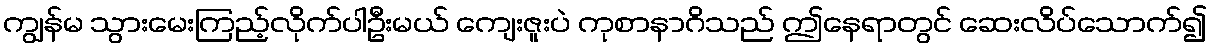
ကျွန်မ သွားမေးကြည့်လိုက်ပါဦးမယ် ကျေးဇူးပဲ ကုစာနာဂိသည် ဤနေရာတွင် ဆေးလိပ်သောက်၍